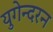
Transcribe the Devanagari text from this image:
युगेन्दरन